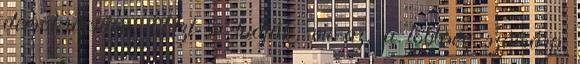
demokráciára. Azt se tudják, mi az, a többség számára